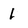
Character: 1